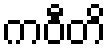
ကဝီတိ